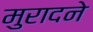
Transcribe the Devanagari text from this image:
मुरादने